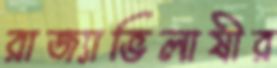
রাজ্যাভিলাষীর